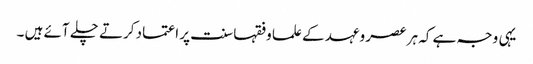
یہی وجہ ہے کہ ہر عصر وعہد کے علما وفقہا سنت پر اعتماد کرتے چلے آئے ہیں ۔